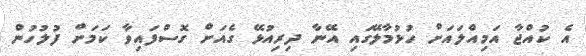
އެ ކުއްޖާ އަމިއްލައަށް ހުޅުމާލޭގައި އޭނާ ދިރިއުޅޭ ގެއަށް ގޮސްފައިވާ ކަމަށް ފުލުހުން